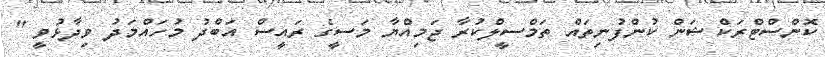
ކޮންސްޓްރަކްޝަން ކުންފުނިތައް ތަމްސީލްކުރާ ޖަމިއްޔާ މަސީގެ ރައީސް އަބްދު މުހައްމަދު ވިދާޅުވީ "